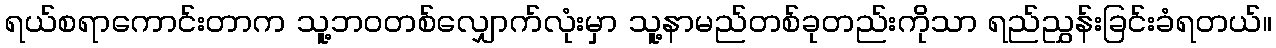
ရယ်စရာကောင်းတာက သူ့ဘဝတစ်လျှောက်လုံးမှာ သူ့နာမည်တစ်ခုတည်းကိုသာ ရည်ညွှန်းခြင်းခံရတယ်။